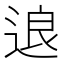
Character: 𰺽